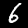
Label: 6